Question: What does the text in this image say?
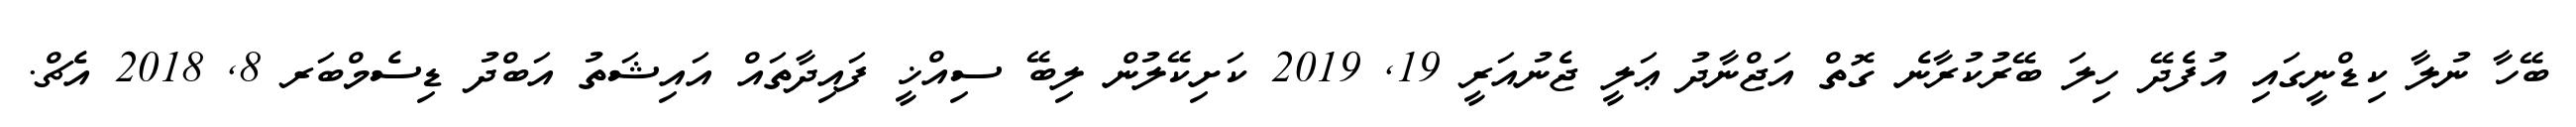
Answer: ބޭހާ ނުލާ ކިޑްނީގައި އުފެދޭ ހިލަ ބޭރުކުރާނެ ގޮތް އަޖްނާދު ޢަލީ ޖެނުއަރީ 19, 2019 ކަށިކޭލުން ލިބޭ ސިއްޚީ ފައިދާތައް އައިޝަތު އަބްދު ޑިސެމްބަރ 8, 2018 އެޗް.